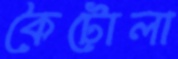
কৈটোলা